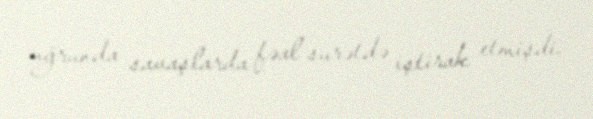
uğrunda savaşlarda fəal surətdə iştirak etmişdi.